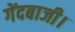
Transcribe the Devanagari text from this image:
गेंदबाजी।